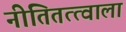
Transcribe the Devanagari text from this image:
नीतितत्त्वाला